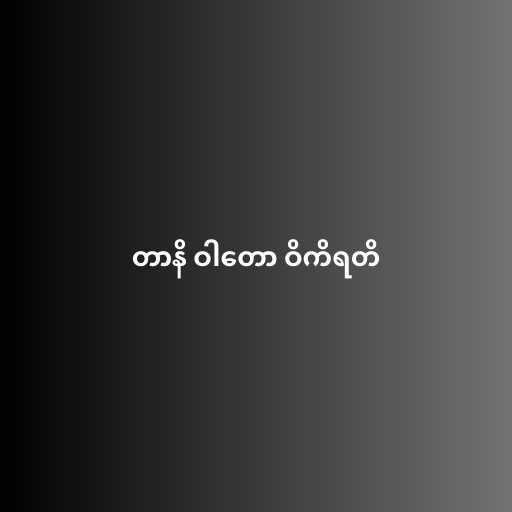
တာနိ ဝါတော ဝိကိရတိ